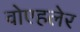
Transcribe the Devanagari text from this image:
वोएहलेर